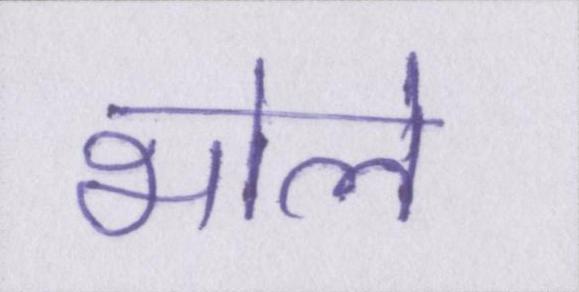
भोले